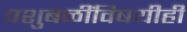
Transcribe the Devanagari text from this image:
पशुबळींविषयीही